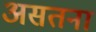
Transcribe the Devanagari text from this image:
असतना